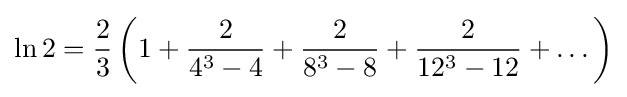
\ln 2={\frac {2}{3}}\left(1+{\frac {2}{4^{3}-4}}+{\frac {2}{8^{3}-8}}+{\frac {2}{12^{3}-12}}+\dots \right)